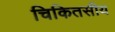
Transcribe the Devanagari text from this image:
चिकितसीय